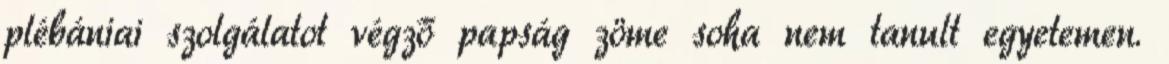
plébániai szolgálatot végző papság zöme soha nem tanult egyetemen.